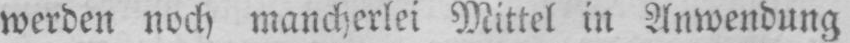
werden noch mancherlei Mittel in Anwendung